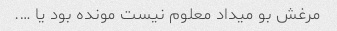
مرغش بو میداد معلوم نیست مونده بود یا ….